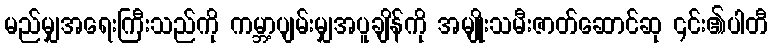
မည်မျှအရေးကြီးသည်ကို ကမ္ဘာ့ပျမ်းမျှအပူချိန်ကို အမျိုးသမီးဇာတ်ဆောင်ဆု ၎င်း၏ပါတီ